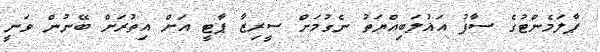
ޕާލަމެންޓުގެ ސާފު އަޣުލަބިއްޔަތު ނެގުމަށް ސީރިޒާ ޕާޓީ އަށް އިތުރަށް ބޭނުން ވަނީ